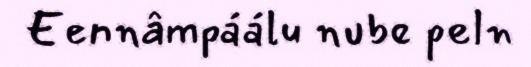
Eennâmpáálu nube peln